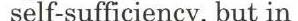
self-sufficiency, but in